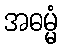
အဓမ္မံ